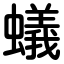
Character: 蟻